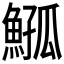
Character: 𩸰